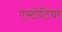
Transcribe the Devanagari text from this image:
एस्टोटिया